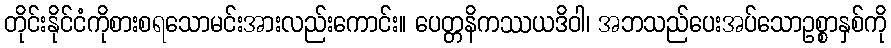
တိုင်းနိုင်ငံကိုစားစရသောမင်းအားလည်းကောင်း။ ပေတ္တနိကဿယဒိဝါ၊ အဘသည်ပေးအပ်သောဥစ္စာနှစ်ကို